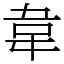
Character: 韋